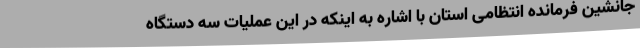
جانشین فرمانده انتظامی استان با اشاره به اینکه در این عملیات سه دستگاه